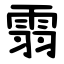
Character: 䨒